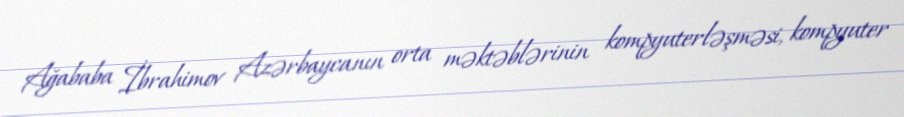
Ağababa İbrahimov Azərbaycanın orta məktəblərinin kompyuterləşməsi, kompyuter